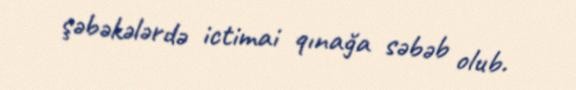
şəbəkələrdə ictimai qınağa səbəb olub.